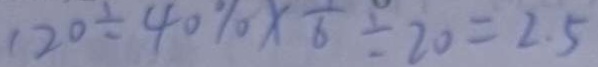
1 2 0 \div 4 0 \% \times \frac { 1 } { 6 } \div 2 0 = 2 . 5